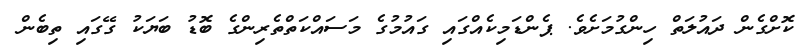
ކޮށްގެން ދައުލަތް ހިންގުމަށެވެ. ޕެންޑަމިކެއްގައި ގައުމުގެ މަސައްކަތްތެރިންގެ ބޮޑު ބަޔަކު ގޭގައި ތިބެން